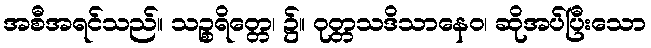
အစီအရင်သည်။ သဉ္စရိတ္တေ၊ ၌။ ဝုတ္တသဒိသာနေဝ၊ ဆိုအပ်ပြီးသော